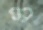
ম